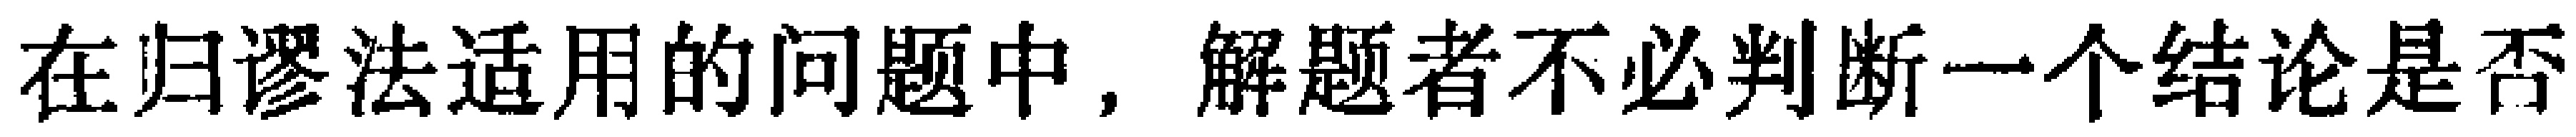
在归谬法适用的问题中，解题者不必判断一个结论是否